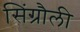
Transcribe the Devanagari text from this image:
सिंग्रौली